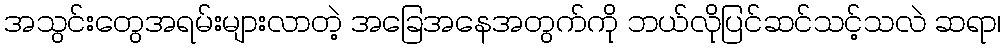
အသွင်းတွေအရမ်းများလာတဲ့ အခြေအနေအတွက်ကို ဘယ်လိုပြင်ဆင်သင့်သလဲ ဆရာ၊